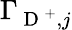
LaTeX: \Gamma_{\mathrm{~D~}^{+},j}